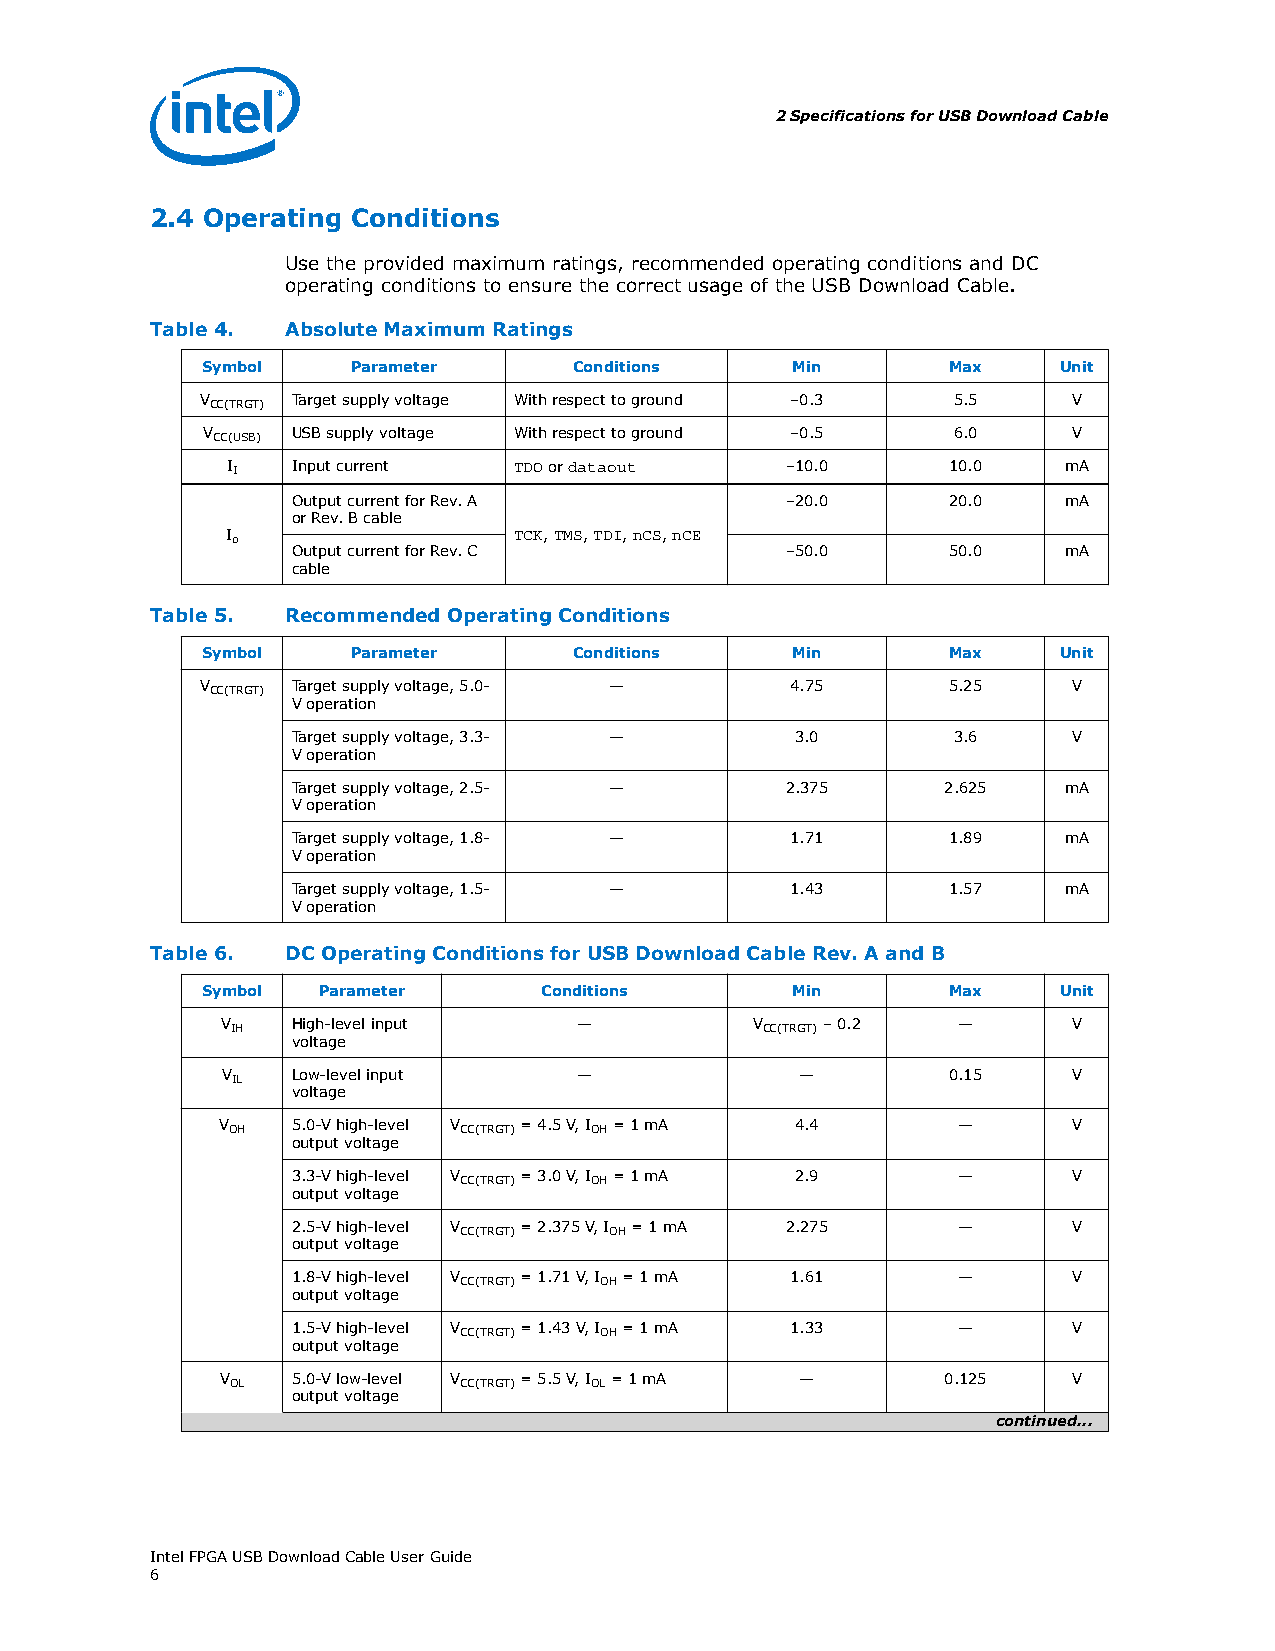
2 Specifications for USB Download Cable
 2.4 Operating Conditions
 Use the provided maximum ratings, recommended operating conditions and DC
 operating conditions to ensure the correct usage of the USB Download Cable.
 Table 4. Absolute Maximum Ratings
 Symbol    Parameter      Conditions    Min        Max    Unit
 VCC(TRGT) Target supply voltage With respect to ground –0.3 5.5 V
 VCC(USB) USB supply voltage With respect to ground –0.5 6.0 V
 II  Input current  TDO or dataout    –10.0      10.0   mA
 Output current for Rev. A        –20.0      20.0   mA
 or Rev. B cable
 Io                 TCK, TMS, TDI, nCS, nCE
 Output current for Rev. C        –50.0      50.0   mA
 cable
 Table 5. Recommended Operating Conditions
 Symbol    Parameter      Conditions    Min        Max    Unit
 VCC(TRGT) Target supply voltage, 5.0- — 4.75      5.25    V
 V operation
 Target supply voltage, 3.3- —     3.0       3.6     V
 V operation
 Target supply voltage, 2.5- —    2.375      2.625  mA
 V operation
 Target supply voltage, 1.8- —    1.71       1.89   mA
 V operation
 Target supply voltage, 1.5- —    1.43       1.57   mA
 V operation
 Table 6. DC Operating Conditions for USB Download Cable Rev. A and B
 Symbol  Parameter      Conditions      Min        Max    Unit
 VIH High-level input   —           VCC(TRGT) – 0.2 —    V
 voltage
 VIL Low-level input    —              —         0.15    V
 voltage
 VOH  5.0-V high-level VCC(TRGT) = 4.5 V, IOH = 1 mA 4.4 — V
 output voltage
 3.3-V high-level VCC(TRGT) = 3.0 V, IOH = 1 mA 2.9 — V
 output voltage
 2.5-V high-level VCC(TRGT) = 2.375 V, IOH = 1 mA 2.275 — V
 output voltage
 1.8-V high-level VCC(TRGT) = 1.71 V, IOH = 1 mA 1.61 — V
 output voltage
 1.5-V high-level VCC(TRGT) = 1.43 V, IOH = 1 mA 1.33 — V
 output voltage
 VOL 5.0-V low-level VCC(TRGT) = 5.5 V, IOL = 1 mA — 0.125 V
 output voltage
 continued...
 Intel FPGA USB Download Cable User Guide
 6